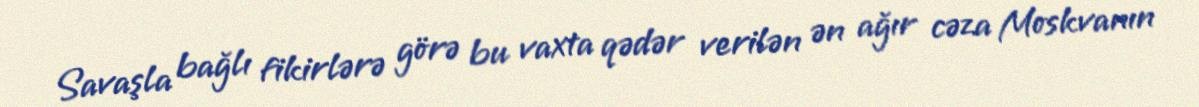
Savaşla bağlı fikirlərə görə bu vaxta qədər verilən ən ağır cəza Moskvanın